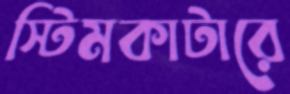
স্টিমকাটারে